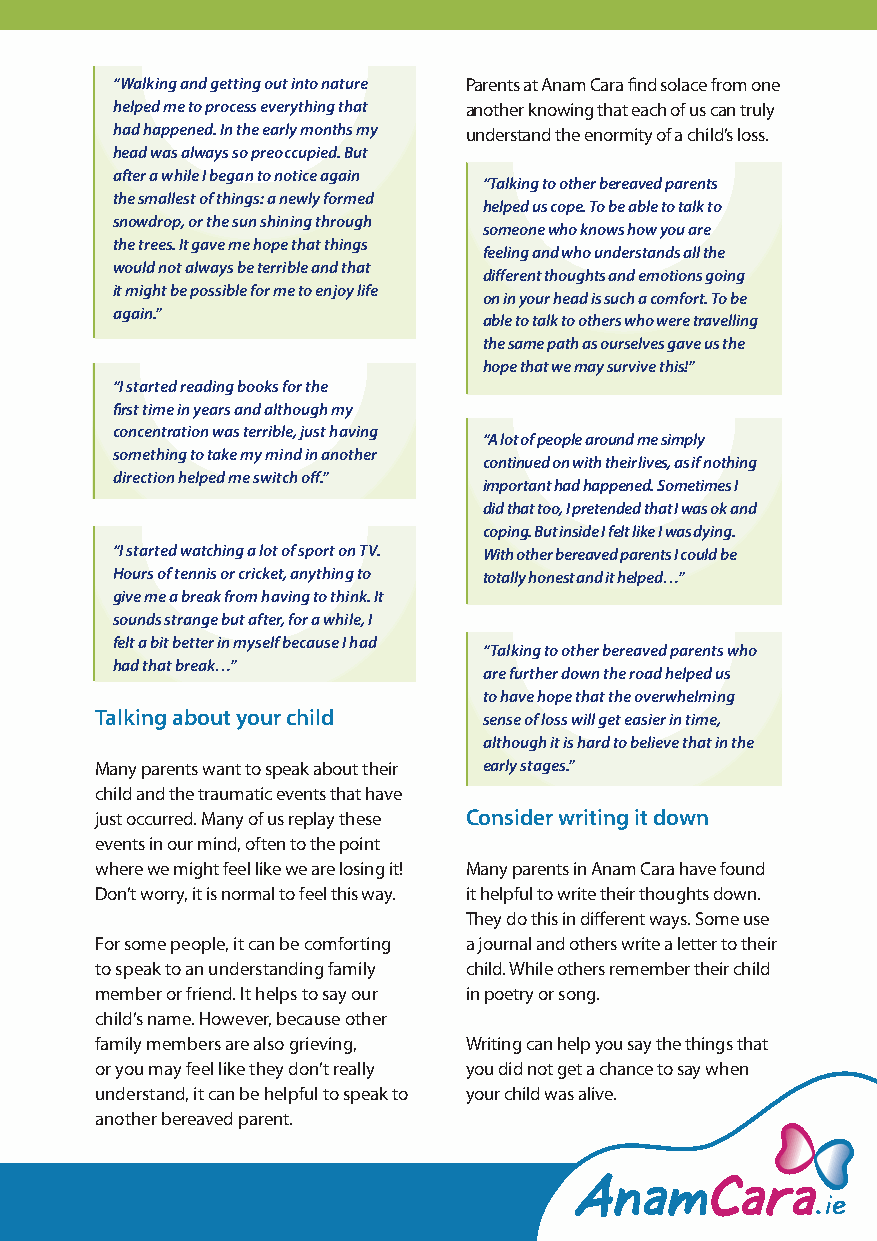
“Walking and getting out into nature Parents at Anam Cara find solace from one
 helped me to process everything that another knowing that each of us can truly
 had happened. In the early months my understand the enormity of a child’s loss.
 head was always so preoccupied. But
 after a while I began to notice again
 “Talking to other bereaved parents
 the smallest of things: a newly formed
 helped us cope. To be able to talk to
 snowdrop, or the sun shining through
 someone who knows how you are
 the trees. It gave me hope that things
 feeling and who understands all the
 would not always be terrible and that
 different thoughts and emotions going
 it might be possible for me to enjoy life
 on in your head is such a comfort. To be
 again.”
 able to talk to others who were travelling
 the same path as ourselves gave us the
 hope that we may survive this!”
 “I started reading books for the
 first time in years and although my
 concentration was terrible, just having
 “A lot of people around me simply
 something to take my mind in another
 continued on with their lives, as if nothing
 direction helped me switch off.”
 important had happened. Sometimes I
 did that too, I pretended that I was ok and
 coping. But inside I felt like I was dying.
 “I started watching a lot of sport on TV. With other bereaved parents I could be
 Hours of tennis or cricket, anything to totally honest and it helped…”
 give me a break from having to think. It
 sounds strange but after, for a while, I
 felt a bit better in myself because I had
 “Talking to other bereaved parents who
 had that break…”
 are further down the road helped us
 to have hope that the overwhelming
 Talking about your child  sense of loss will get easier in time,
 although it is hard to believe that in the
 Many parents want to speak about their early stages.”
 child and the traumatic events that have
 just occurred. Many of us replay these Consider writing it down
 events in our mind, often to the point
 where we might feel like we are losing it! Many parents in Anam Cara have found
 Don’t worry, it is normal to feel this way. it helpful to write their thoughts down.
 They do this in different ways. Some use
 For some people, it can be comforting a journal and others write a letter to their
 to speak to an understanding family child. While others remember their child
 member or friend. It helps to say our in poetry or song.
 child’s name. However, because other
 family members are also grieving, Writing can help you say the things that
 or you may feel like they don’t really you did not get a chance to say when
 understand, it can be helpful to speak to your child was alive.
 another bereaved parent.